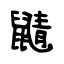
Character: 鼱